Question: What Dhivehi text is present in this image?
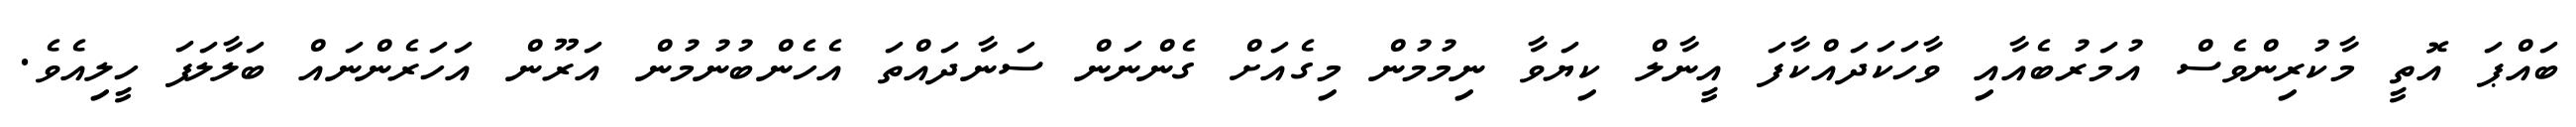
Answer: ބައްޕަ އޮތީ މާކުރިންވެސް އުމަރުބެއާއި ވާހަކަދައްކާފަ އީނާލް ކިޔަވާ ނިމުމުން މިގެއަށް ގެންނަން ސަނާދައްތަ އެހެންބުނުމުން އަރޫން އަހަރެންނައް ބަލާލަފަ ހީލިއެވެ.